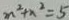
n ^ { 2 } + x ^ { 2 } = 5